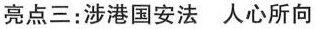
亮点三:涉港国安法人心所向